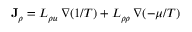
\mathbf { J } _ { \rho } = L _ { \rho u } \, \nabla ( 1 / T ) + L _ { \rho \rho } \, \nabla ( - \mu / T )